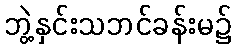
ဘွဲ့နှင်းသဘင်ခန်းမ၌